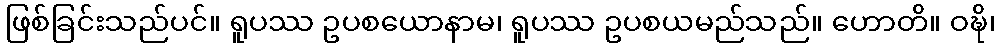
ဖြစ်ခြင်းသည်ပင်။ ရူပဿ ဥပစယောနာမ၊ ရူပဿ ဥပစယမည်သည်။ ဟောတိ။ ဝဍ္ဎိ၊